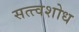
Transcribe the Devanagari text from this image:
सत्त्वशोध